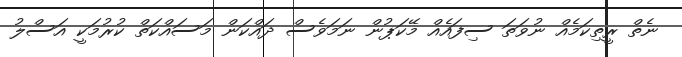
ނެތް ރީތިކަމެއް ނުވަތަ ސިފައެއް މޭކަޕުން ނަމަވެސް ދައްކަން މަސައްކަތް ކުރުމަކީ އަސްލު